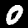
Label: 0